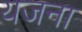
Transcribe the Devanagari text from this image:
यजना